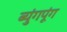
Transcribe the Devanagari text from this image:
ब्युंगपूंग